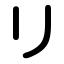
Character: リ